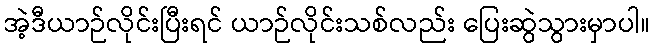
အဲ့ဒီယာဉ်လိုင်းပြီးရင် ယာဉ်လိုင်းသစ်လည်း ပြေးဆွဲသွားမှာပါ။